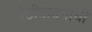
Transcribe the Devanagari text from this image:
पेटीवादनाची